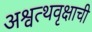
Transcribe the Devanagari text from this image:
अश्वत्थवृक्षाची